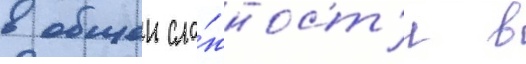
в общеи сло́жност'и в